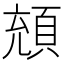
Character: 𩒘